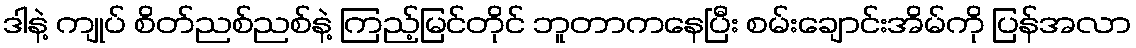
ဒါနဲ့ ကျုပ် စိတ်ညစ်ညစ်နဲ့ ကြည့်မြင်တိုင် ဘူတာကနေပြီး စမ်းချောင်းအိမ်ကို ပြန်အလာ